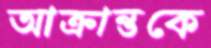
আক্রান্তকে